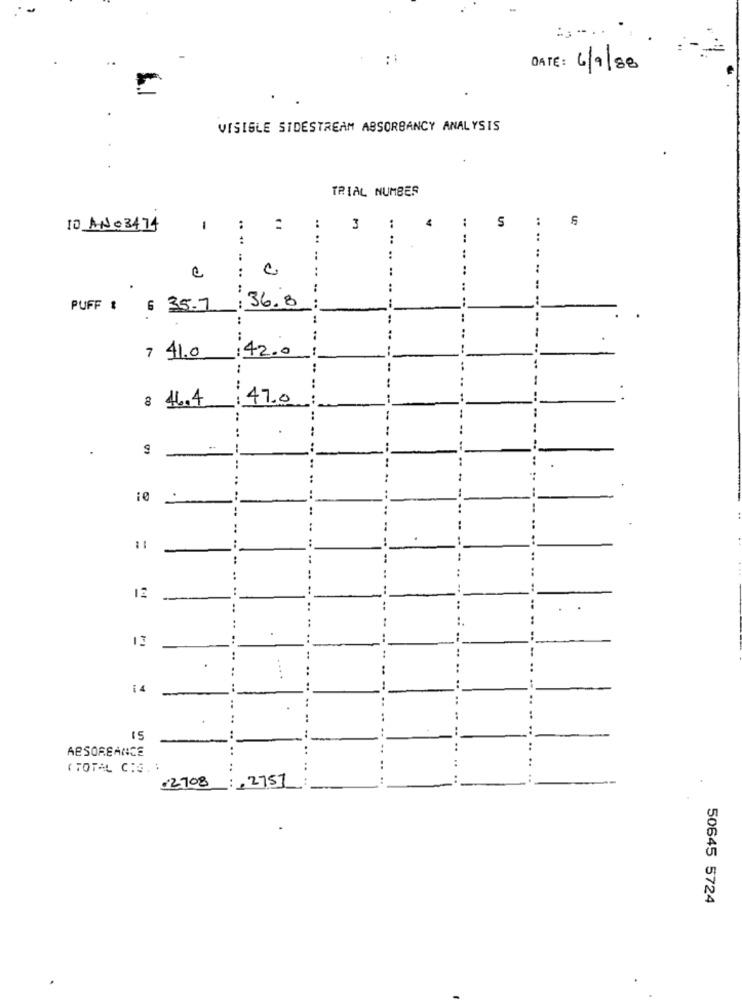
::
DATE: 6/9/88
VISIBLE SIDESTREAM ABSORBANCY ANALYSIS
TRIAL NUMBER
:
:
:
5
10 ANO 3474
-
:
3
5
.. ..
:
..
e
...... .. ..
PUFF : 6 35.7/36.8
......
--- -
7 41.0
:42.0
..
8 46.4
47.0
--
..
....
.. ..
..
12
..
.
14
.. ..
.. ..
ABSORBANCE
..
( TOTAL C.G. :
2708
:+2751
50645 5724